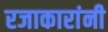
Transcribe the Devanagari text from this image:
रजाकारांनी